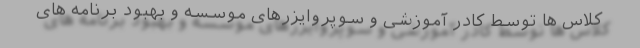
کلاس ها توسط کادر آموزشی و سوپروایزرهای موسسه و بهبود برنامه های